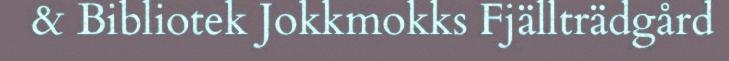
& Bibliotek Jokkmokks Fjällträdgård